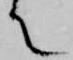
て